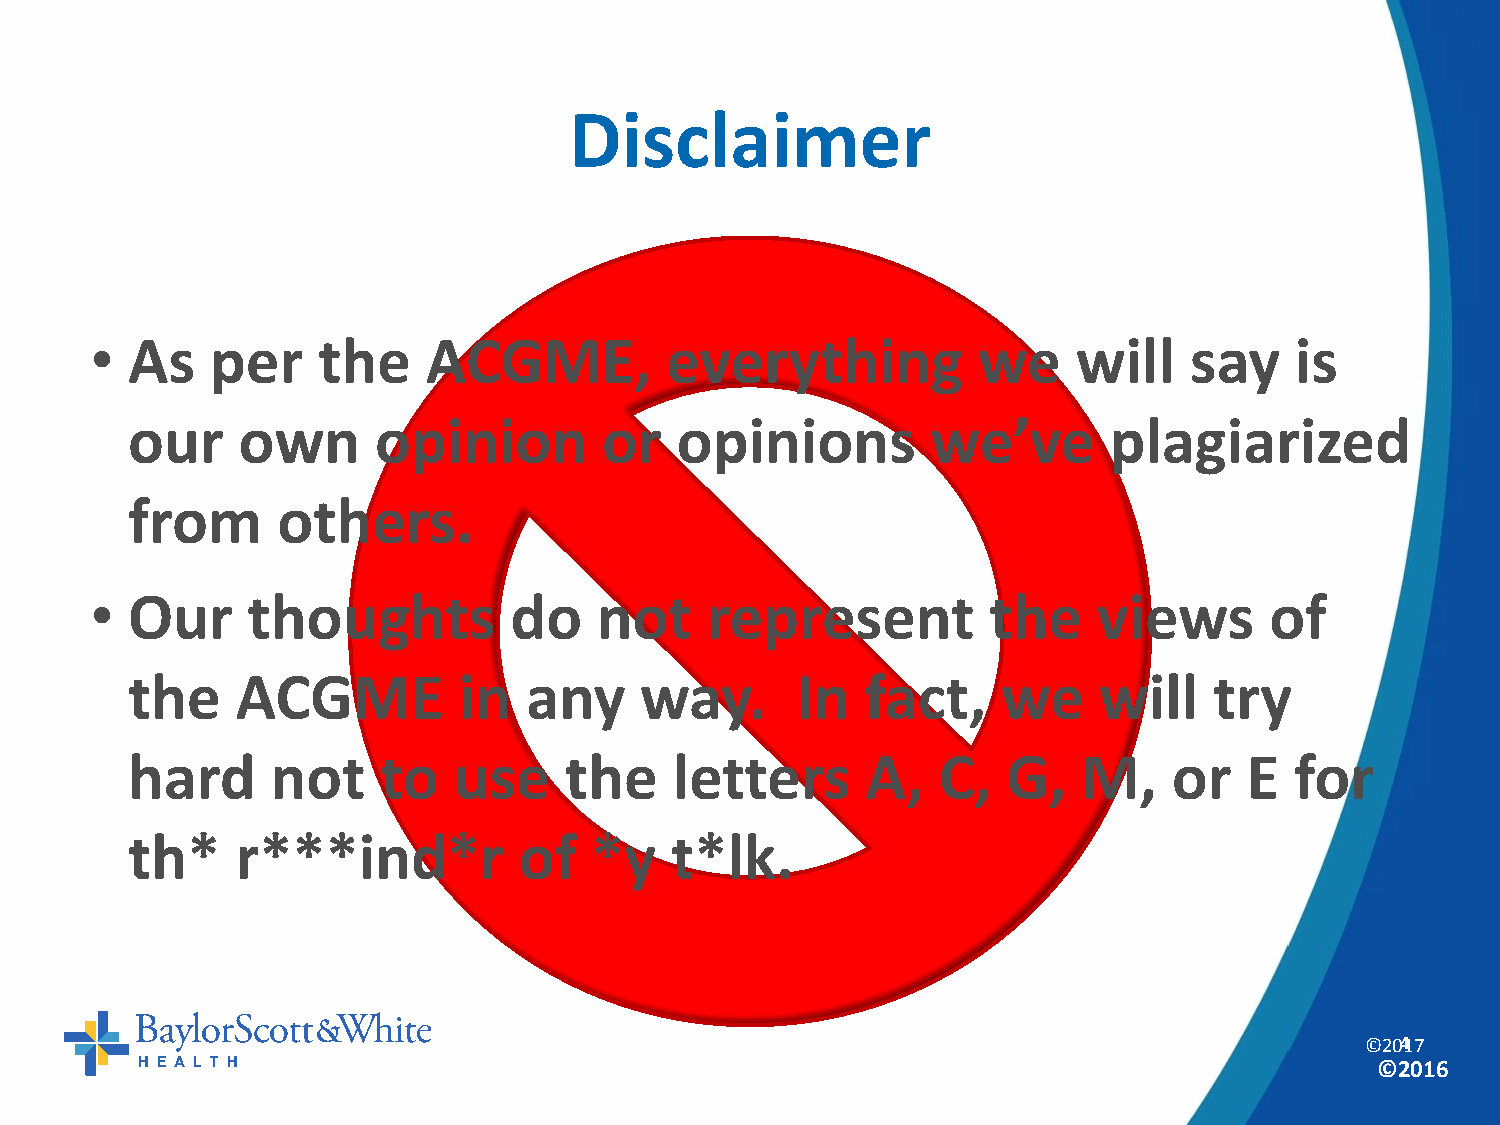
Disclaimer
 • As    per    the    ACGME,          everything           we    will    say    is
 our     own      opinion        or   opinions         we’ve      plagiarized
 from      others.
 • Our     thoughts          do    not    represent          the    views      of
 the     ACGME         in   any    way.       In  fact,    we     will   try
 hard      not    to   use    the     letters     A,   C,   G,   M,    or   E  for
 th*     r***ind*r         of   *y   t*lk.
 ©20417
 ©2016